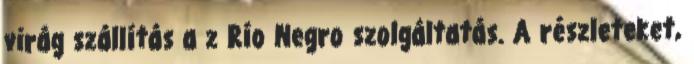
virág szállítás a z Río Negro szolgáltatás. A részleteket,